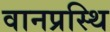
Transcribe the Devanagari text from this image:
वानप्रस्थि